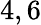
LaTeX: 4,6